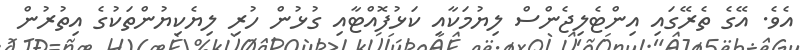
އެވެ. އޭގެ ތެރޭގައި އިންޓެލިޖެންސް ލިޔުމަކާއި ކަޅުފޮއްޓާއި ގުޅުން ހުރި ލިޔެކިޔުންތަކުގެ އިތުރުން